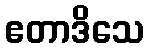
ဧတာဒိသေ